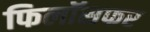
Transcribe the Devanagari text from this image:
फिलॉसफर